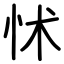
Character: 怵